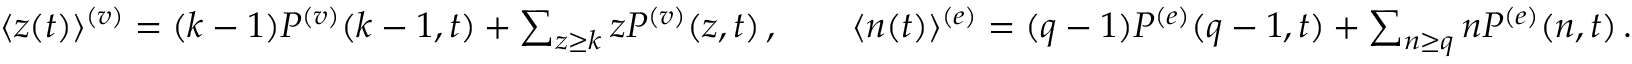
\begin{array} { r } { \begin{array} { r } { \langle z ( t ) \rangle ^ { ( v ) } = ( k - 1 ) P ^ { ( v ) } ( { k - 1 } , { t } ) + \sum _ { z \ge k } z P ^ { ( v ) } ( { z } , { t } ) \, , \qquad \langle n ( t ) \rangle ^ { ( e ) } = ( q - 1 ) P ^ { ( e ) } ( { q - 1 } , { t } ) + \sum _ { n \ge q } n P ^ { ( e ) } ( { n } , { t } ) \, . } \end{array} } \end{array}